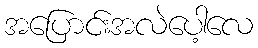
အပြောင်းအလဲပေါ့လေ